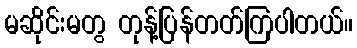
မဆိုင်းမတွ တုန့်ပြန်တတ်ကြပါတယ်။